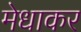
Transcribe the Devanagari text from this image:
मेधाकर